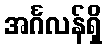
အင်္ဂလန်ရှိ